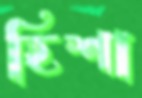
হিশা